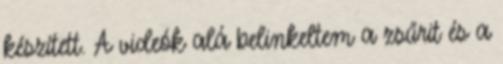
készített. A videók alá belinkeltem a zsűrit és a